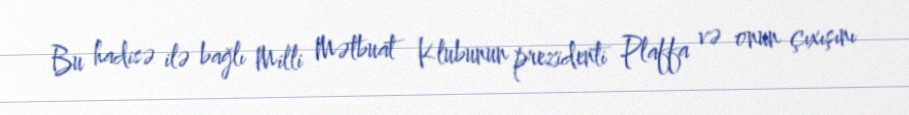
Bu hadisə ilə bağlı Milli Mətbuat Klubunun prezidenti Plaffa və onun çıxışını